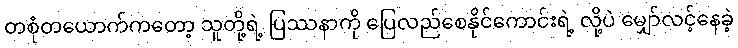
တစုံတယောက်ကတော့ သူတို့ရဲ့ ပြဿနာကို ပြေလည်စေနိုင်ကောင်းရဲ့ လို့ပဲ မျှော်လင့်နေခဲ့